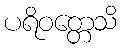
ပရိဝတ္တေသိ